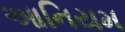
આનિયમ